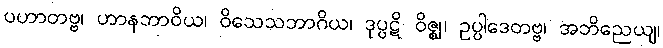
ပဟာတဗ္ဗ၊ ဟာနဘာဝိယ၊ ဝိသေသဘာဂိယ၊ ဒုပ္ပဋိ ဝိဇ္ဈ၊ ဥပ္ပါဒေတဗ္ဗ၊ အဘိညေယျ၊